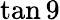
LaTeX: \tan 9